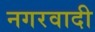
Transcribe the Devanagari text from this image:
नगरवादी